Report of the Indian Hemp Drugs Commission, 1894-1895 - Volume IV
Year: 1894
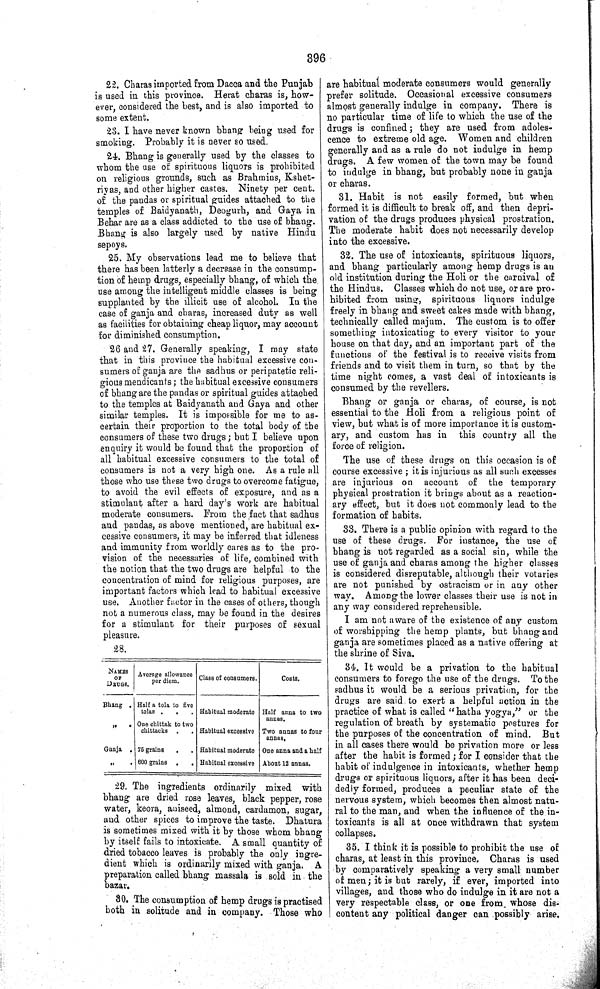
396
22. Charas imported from Dacca and the Punjab
is used in this province. Herat charas is, how-
ever, considered the best, and is also imported to
some extent.
23. I have never known bhang being used for
smoking. Probably it is never so used.
24. Bhang is generally used by the classes to
whom the use of spirituous liquors is prohibited
on religious grounds, such as Brahmins, Kshet-
riyas, and other higher castes. Ninety per cent.
of the pandas or spiritual guides attached to the
temples of Baidyanath, Deogurh, and Gaya in
Behar are as a class addicted to the use of bhang.
Bhang is also largely used by native Hindu
sepoys.
25. My observations lead me to believe that
there has been latterly a decrease in the consump-
tion of hemp drugs, especially bhang, of which the
use among the intelligent middle classes is being
supplanted by the illicit use of alcohol. In the
case of ganja and charas, increased duty as well
as facilities for obtaining cheap liquor, may account
for diminished consumption.
26 and 27. Generally speaking, I may state
that in this province the habitual excessive con-
sumers of ganja are the sadhus or peripatetic reli-
gious mendicants; the habitual excessive consumers
of bhang are the pandas or spiritual guides attached
to the temples at Baidyanath and Gaya and other
similar temples. It is impossible for me to as-
certain their proportion to the total body of the
consumers of these two drugs; but I believe upon
enquiry it would be found that the proportion of
all habitual excessive consumers to the total of
consumers is not a very high one. As a rule all
those who use these two drugs to overcome fatigue,
to avoid the evil effects of exposure, and as a
stimulant after a hard day's work are habitual
moderate consumers. From the fact that sadhus
and pandas, as above mentioned, are habitual ex-
cessive consumers, it may be inferred that idleness
and immunity from worldly cares as to the pro-
vision of the necessaries of life, combined with
the notion that the two drugs are helpful to the
concentration of mind for religious purposes, are
important factors which lead to habitual excessive
use. Another factor in the cases of others, though
not a numerous class, may be found in the desires
for a stimulant for their purposes of sexual
pleasure.
28.
NAMES Average allowance Class of consumers.
Costs.
OF
Average allowance Class of consumers.
Costs.
OF
per diem.
Class of consumers.
Costs.
DRUGS.
per diem.
Class of consumers.
Costs.
Bhang
Half a tola to five
tolas
Habitual moderate Half anna to two
"
One chittak to two
annas.
chittacks
Habitual excessive Two annas to four
annas.
Ganja
75 grains
Habitual moderate One anna and a half
"
600 grains
Habitual excessive About 12 annas.
29. The ingredients ordinarily mixed with
bhang are dried rose leaves, black pepper, rose
water, keora, aniseed, almond, cardamon, sugar,
and other spices to improve the taste. Dhatura
is sometimes mixed with it by those whom bhang
by itself fails to intoxicate. A small quantity of
dried tobacco leaves is probably the only ingre-
dient which is ordinarily mixed with ganja. A
preparation called bhang massala is sold in the
bazar.
30. The consumption of hemp drugs is practised
both in solitude and in company. Those who
are habitual moderate consumers would generally
prefer solitude. Occasional excessive consumers
almost generally indulge in company. There is
no particular time of life to which the use of the
drugs is confined; they are used from adoles-
cence to extreme old age. Women and children
generally and as a rule do not indulge in hemp
drugs. A few women of the town may be found
to indulge in bhang, but probably none in ganja
or charas.
31. Habit is not easily formed, but when
formed it is difficult to break off, and then depri-
vation of the drugs produces physical prostration.
The moderate habit does not necessarily develop
into the excessive.
32. The use of intoxicants, spirituous liquors,
and bhang particularly among hemp drugs is an
old institution during the Holi or the carnival of
the Hindus. Classes which do not use, or are pro-
hibited from using, spirituous liquors indulge
freely in bhang and sweet cakes made with bhang,
technically called majum. The custom is to offer
something intoxicating to every visitor to your
house on that day, and an important part of the
functions of the festival is to receive visits from
friends and to visit them in turn, so that by the
time night comes, a vast deal of intoxicants is
consumed by the revellers.
Bhang or ganja or charas, of course, is not
essential to the Holi from a religious point of
view, but what is of more importance it is custom-
ary, and custom has in
this country all the
force of religion.
The use of these drugs on this occasion is of
course excessive; it is injurious as all such excesses
are injurious on account of the temporary
physical prostration it brings about as a reaction-
ary effect, but it does not commonly lead to the
formation of habits.
33. There is a public opinion with regard to the
use of these drugs. For instance, the use of
bhang is not regarded as a social sin, while the
use of ganja and charas among the higher classes
is considered disreputable, although their votaries
are not punished by ostracism or in any other
way. Among the lower classes their use is not in
any way considered reprehensible.
I am not aware of the existence of any custom
of worshipping the hemp plants, but bhang and
ganja are sometimes placed as a native offering at
the shrine of Siva.
34. It would be a privation to the habitual
consumers to forego the use of the drugs. To the
sadhus it would be a serious privation, for the
drugs are said to exert a helpful action in the
practice of what is called "hatha yogya," or the
regulation of breath by systematic postures for
the purposes of the concentration of mind.
But
in all cases there would be privation more or less
after the habit is formed; for I consider that the
habit of indulgence in intoxicants, whether hemp
drugs or spirituous liquors, after it has been deci-
dedly formed, produces a peculiar state of the
nervous system, which becomes then almost natu-
ral to the man, and when the influence of the in-
toxicants is all at once withdrawn that system
collapses.
35. I think it is possible to prohibit the use of
charas, at least in this province. Charas is used
by comparatively speaking a very small number
of men; it is but rarely, if ever, imported into
villages, and those who do indulge in it are not a
very respectable class, or one from whose dis-
content any political danger can possibly arise.